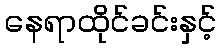
နေရာထိုင်ခင်းနှင့်